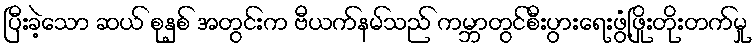
ပြီးခဲ့သော ဆယ် စုနှစ် အတွင်းက ဗီယက်နမ်သည် ကမ္ဘာတွင်စီးပွားရေးဖွံ့ဖြိုးတိုးတက်မှု